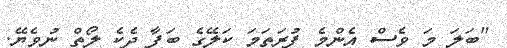
"ބަލަ މަ ވެސް އެންމެ ފުރަތަމަ ކަލޭގެ ބަފާ ދެކެ ލޯތް ނުވެޔޭ.